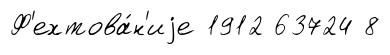
Ф'ехтова́н'иjе 1912 63724 8